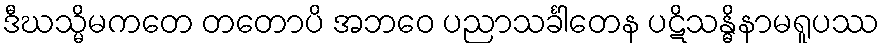
ဒီဃသ္မိမကတေ တတောပိ အဘဝေ ပညာသင်္ခါတေန ပဋိသန္ဓိနာမရူပဿ